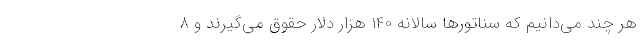
هر چند می‌دانیم که سناتورها سالانه 140 هزار دلار حقوق می‌گیرند و 8